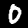
Digit: 0